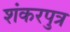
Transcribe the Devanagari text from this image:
शंकरपुत्र